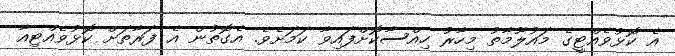
އެ ކޮޅުވެއްޓީގެ މައުލޫމާތު މިހާރު ހިއްސާކޮށްފައިވާ ކަމަށެވެ. އެގޮތުން އެ ފަރާތަށް ކޮޅުވެއްޓިއާ